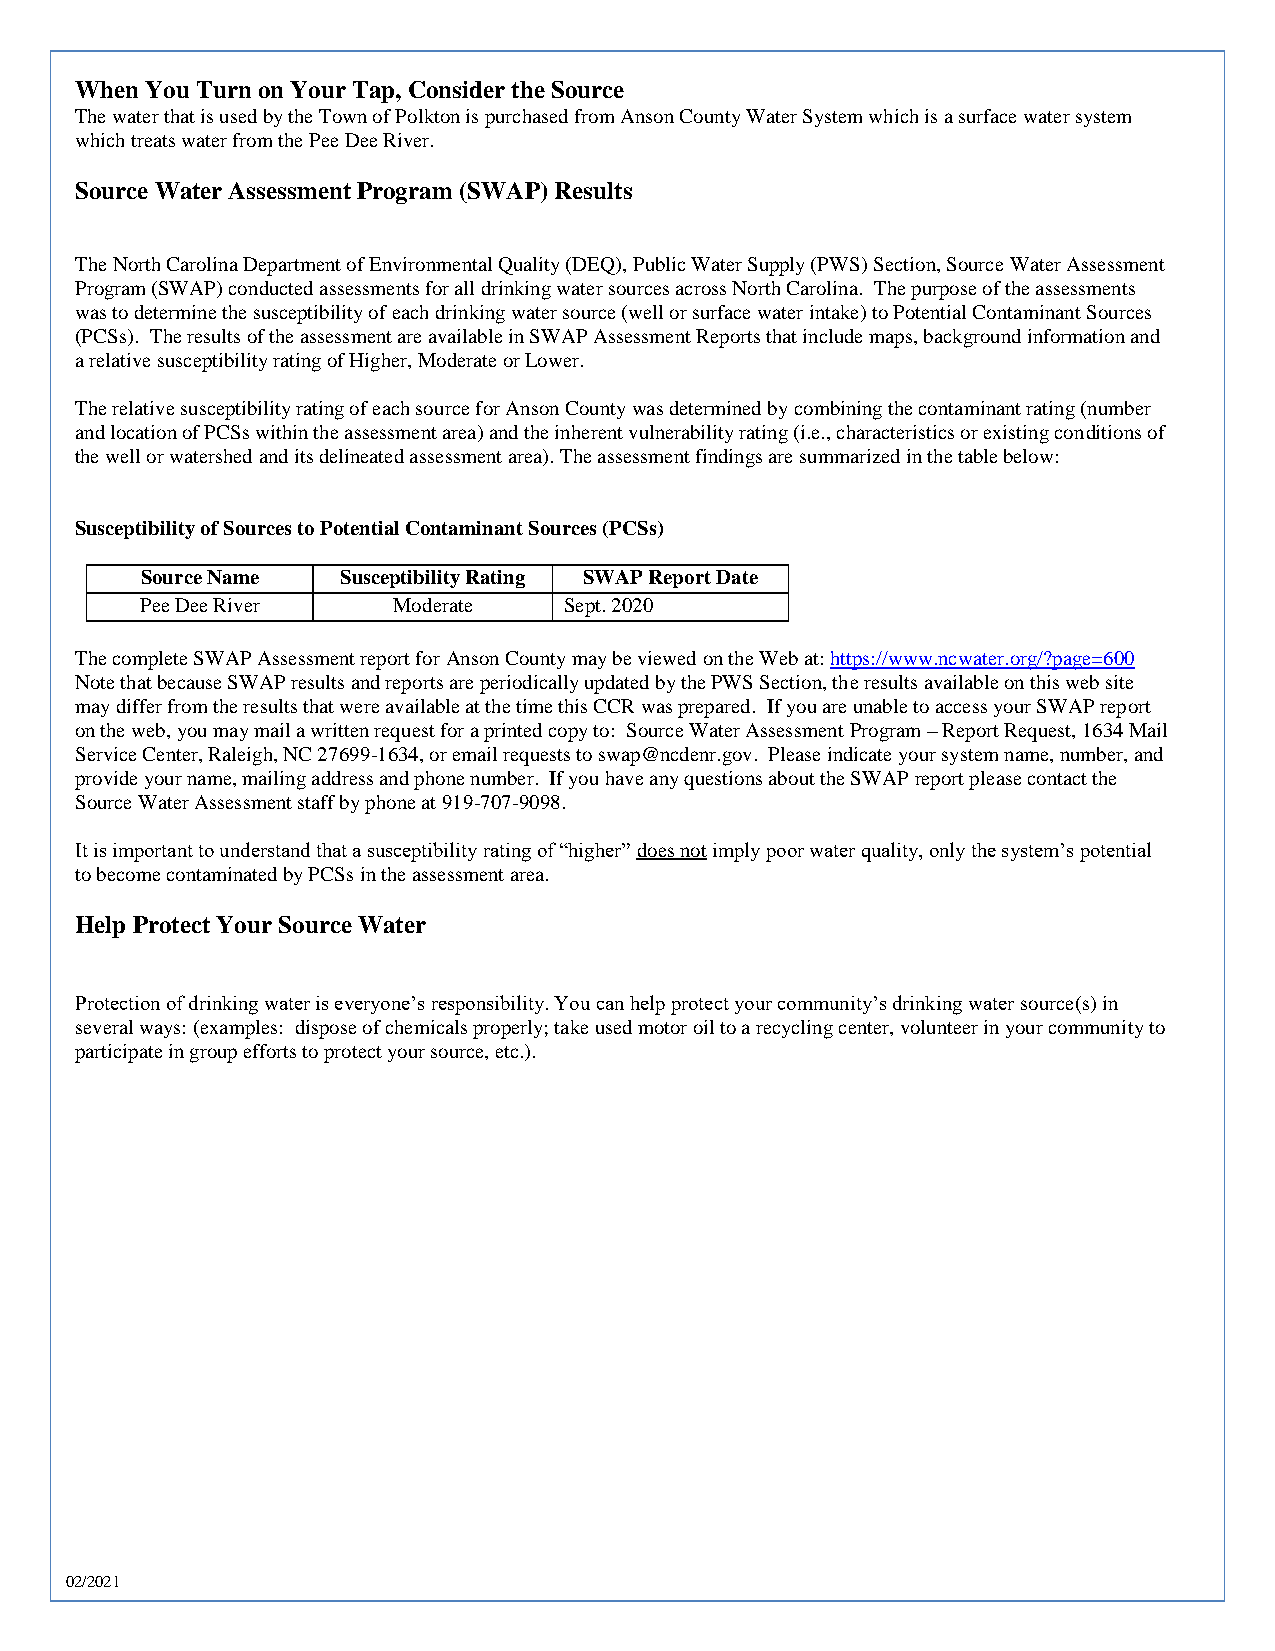
When You Turn on Your Tap, Consider the Source
 The water that is used by the Town of Polkton is purchased from Anson County Water System which is a surface water system
 which treats water from the Pee Dee River.
 Source Water Assessment Program (SWAP) Results
 The North Carolina Department of Environmental Quality (DEQ), Public Water Supply (PWS) Section, Source Water Assessment
 Program (SWAP) conducted assessments for all drinking water sources across North Carolina. The purpose of the assessments
 was to determine the susceptibility of each drinking water source (well or surface water intake) to Potential Contaminant Sources
 (PCSs). The results of the assessment are available in SWAP Assessment Reports that include maps, background information and
 a relative susceptibility rating of Higher, Moderate or Lower.
 The relative susceptibility rating of each source for Anson County was determined by combining the contaminant rating (number
 and location of PCSs within the assessment area) and the inherent vulnerability rating (i.e., characteristics or existing conditions of
 the well or watershed and its delineated assessment area). The assessment findings are summarized in the table below:
 Susceptibility of Sources to Potential Contaminant Sources (PCSs)
 Source Name   Susceptibility Rating SWAP Report Date
 Pee Dee River    Moderate   Sept. 2020
 The complete SWAP Assessment report for Anson County may be viewed on the Web at: https://www.ncwater.org/?page=600
 Note that because SWAP results and reports are periodically updated by the PWS Section, the results available on this web site
 may differ from the results that were available at the time this CCR was prepared. If you are unable to access your SWAP report
 on the web, you may mail a written request for a printed copy to: Source Water Assessment Program – Report Request, 1634 Mail
 Service Center, Raleigh, NC 27699-1634, or email requests to swap@ncdenr.gov. Please indicate your system name, number, and
 provide your name, mailing address and phone number. If you have any questions about the SWAP report please contact the
 Source Water Assessment staff by phone at 919-707-9098.
 It is important to understand that a susceptibility rating of “higher” does not imply poor water quality, only the system’s potential
 to become contaminated by PCSs in the assessment area.
 Help Protect Your Source Water
 Protection of drinking water is everyone’s responsibility. You can help protect your community’s drinking water source(s) in
 several ways: (examples: dispose of chemicals properly; take used motor oil to a recycling center, volunteer in your community to
 participate in group efforts to protect your source, etc.).
 02/2021